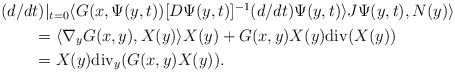
\begin{align*}\begin{aligned}&(d/dt)|_{t=0}\langle G(x,\Psi(y,t))[D\Psi(y,t)]^{-1}(d/dt)\Psi(y,t)\rangle J\Psi(y,t), N(y)\rangle\\&\qquad= \langle \nabla_{y}G(x,y),X(y)\rangle X(y)+G(x,y)X(y)\mathrm{div}(X(y))\\&\qquad= X(y)\mathrm{div}_{y}(G(x,y)X(y)).\end{aligned}\end{align*}